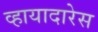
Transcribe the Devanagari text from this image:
व्हायादारेस